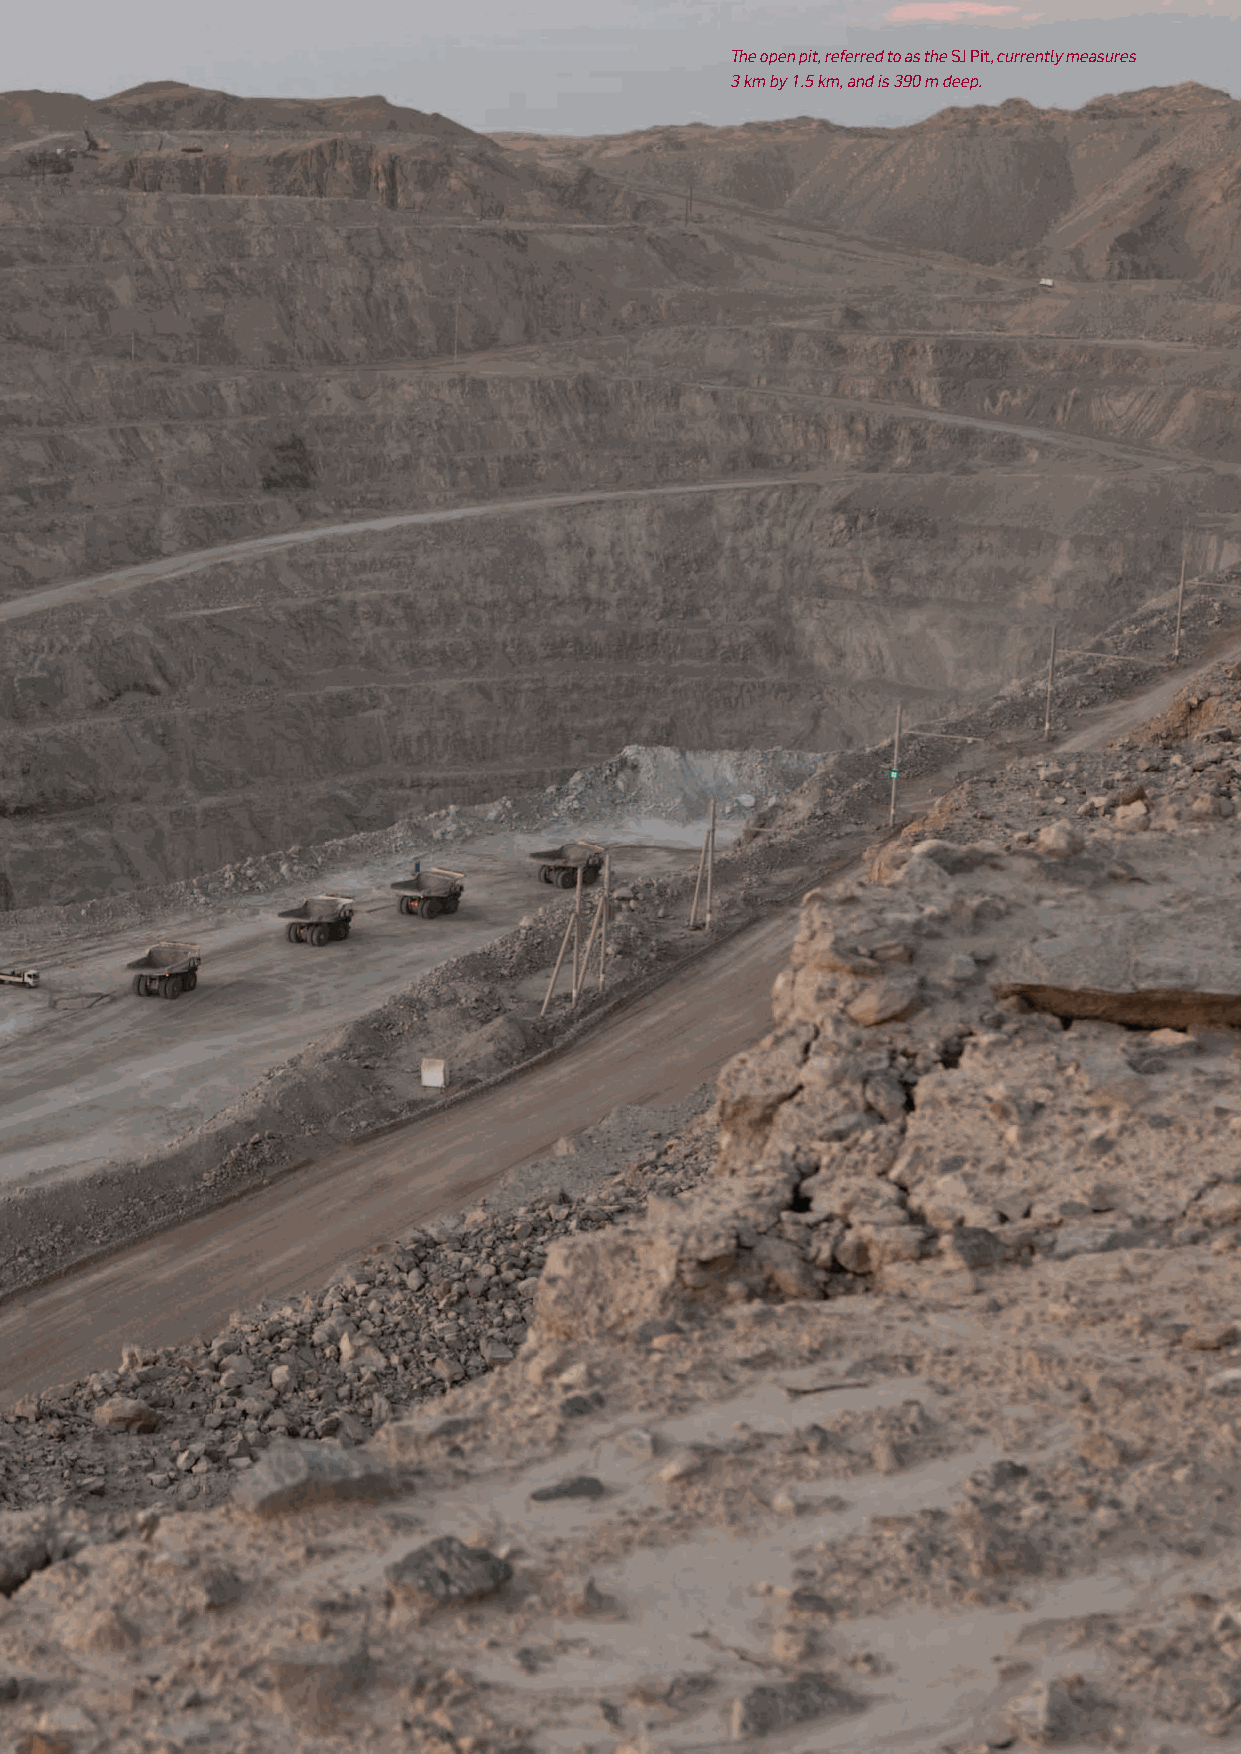
The open pit, referred to as the SJ Pit, currently measures
 3 km by 1.5 km, and is 390 m deep.
 Rössing Uranium Limited | Report to Stakeholders | 2011 3